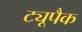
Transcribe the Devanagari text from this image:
ट्यूपैक